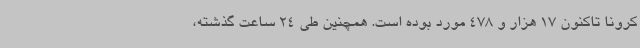
کرونا تاکنون 17 هزار و 478 مورد بوده است. همچنین طی 24 ساعت گذشته،